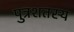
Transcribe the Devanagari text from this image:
पुत्रशतस्य